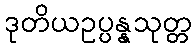
ဒုတိယဥပ္ပန္နသုတ္တ